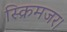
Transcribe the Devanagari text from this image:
स्क्रिमजर।